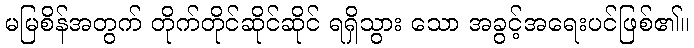
မမြစိန်အတွက် တိုက်တိုင်ဆိုင်ဆိုင် ရရှိသွား သော အခွင့်အရေးပင်ဖြစ်၏။